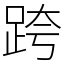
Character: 跨